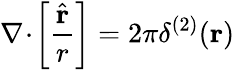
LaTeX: {\mathbf\nabla}\! \cdot\! \left[\frac{\hat{\mathbf r}}{r}\right]=2\pi\delta^{(2)}({\mathbf r})\;